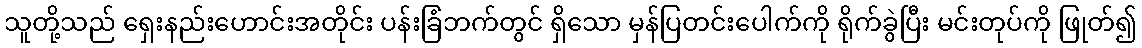
သူတို့သည် ရှေးနည်းဟောင်းအတိုင်း ပန်းခြံဘက်တွင် ရှိသော မှန်ပြတင်းပေါက်ကို ရိုက်ခွဲပြီး မင်းတုပ်ကို ဖြုတ်၍